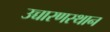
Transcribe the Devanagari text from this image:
उच्चारणस्थान